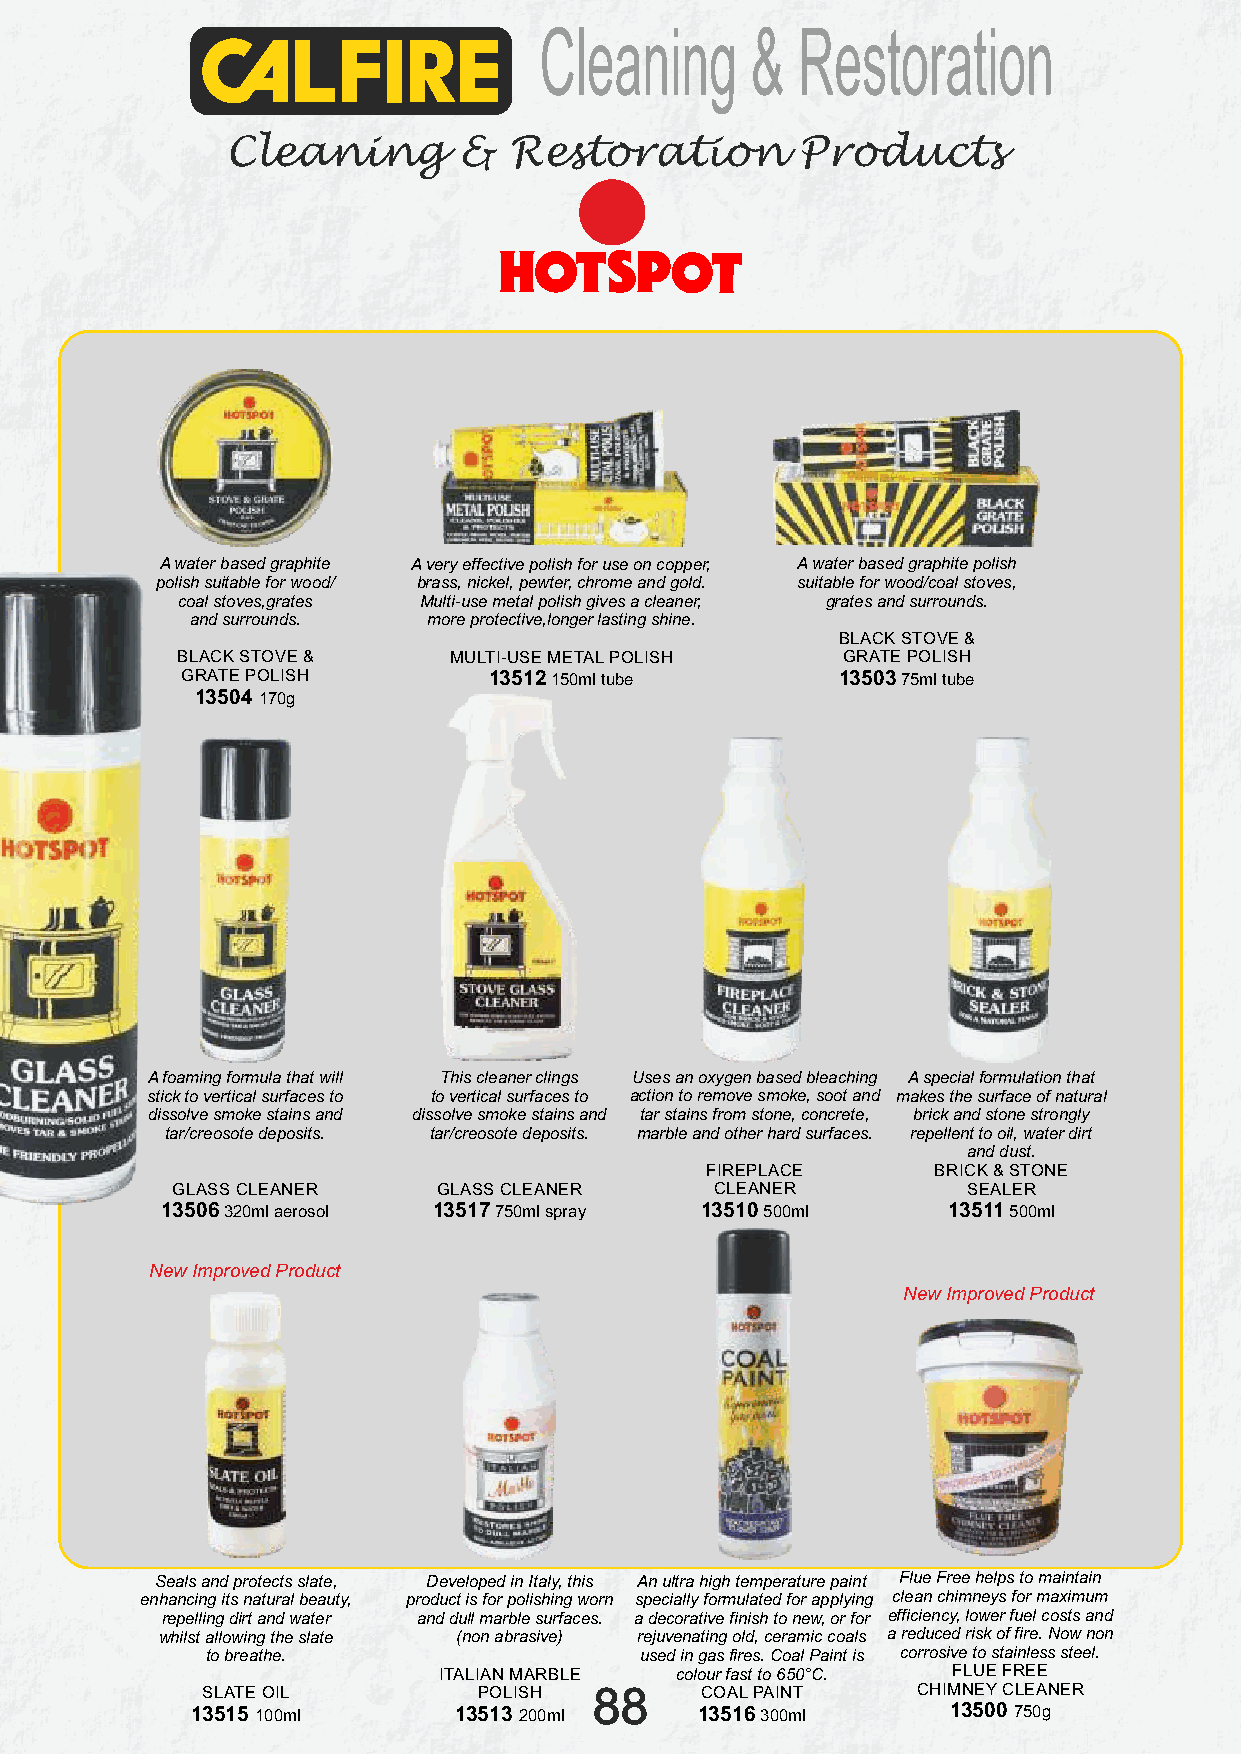
Cleaning      &  Restoration
 Cleaning       &   Restoration        Products
 A water based graphite A very effective polish for use on copper, A water based graphite polish
 polish suitable for wood/ brass, nickel, pewter, chrome and gold. suitable for wood/coal stoves,
 coal stoves,grates Multi-use metal polish gives a cleaner, grates and surrounds.
 and surrounds. more protective,longer lasting shine.
 BLACK STOVE &
 BLACK STOVE &     MULTI-USE METAL POLISH    GRATE POLISH
 GRATE POLISH        13512 150ml tube        13503 75ml tube
 13504 170g
 A foaming formula that will This cleaner clings Uses an oxygen based bleaching A special formulation that
 stick to vertical surfaces to to vertical surfaces to action to remove smoke, soot and makes the surface of natural
 dissolve smoke stains and dissolve smoke stains and tar stains from stone, concrete, brick and stone strongly
 tar/creosote deposits. tar/creosote deposits. marble and other hard surfaces. repellent to oil, water dirt
 and dust.
 FIREPLACE      BRICK & STONE
 GLASS CLEANER     GLASS CLEANER     CLEANER          SEALER
 13506 320ml aerosol 13517 750ml spray 13510 500ml   13511 500ml
 New Improved Product
 New Improved Product
 Seals and protects slate, Developed in Italy, this An ultra high temperature paint Flue Free helps to maintain
 enhancing its natural beauty, product is for polishing worn specially formulated for applying clean chimneys for maximum
 repelling dirt and water and dull marble surfaces. a decorative finish to new, or for efficiency, lower fuel costs and
 whilst allowing the slate (non abrasive) rejuvenating old, ceramic coals a reduced risk of fire. Now non
 to breathe.                 used in gas fires. Coal Paint is corrosive to stainless steel.
 ITALIAN MARBLE  colour fast to 650°C. FLUE FREE
 SLATE OIL          POLISH 88     COAL PAINT     CHIMNEY CLEANER
 13515 100ml      13513 200ml     13516 300ml      13500 750g